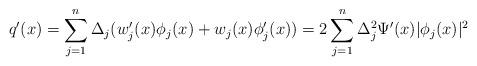
LaTeX: \begin{align*}q'(x) = \sum_{j=1}^{n} \Delta_j (w_j'(x) \phi_j(x) +w_j(x) \phi_j'(x) ) =2 \sum_{j=1}^{n} \Delta_j^2 \Psi'(x) |\phi_j(x)|^2 \end{align*}